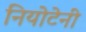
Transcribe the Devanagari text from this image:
नियोटेनी